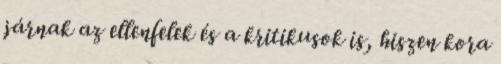
járnak az ellenfelek és a kritikusok is, hiszen kora